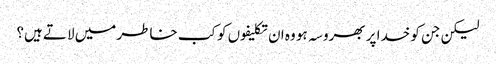
لیکن جن کو خدا پر بھروسہ ہو وہ ان تکلیفوں کو کب خاطر میں لاتے ہیں؟